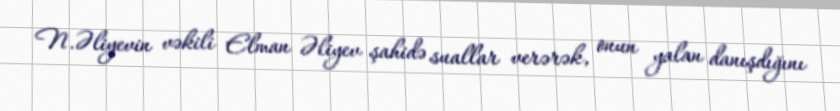
N.Əliyevin vəkili Elman Əliyev şahidə suallar verərək, onun yalan danışdığını